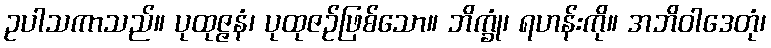
ဥပါသကာသည်။ ပုထုဇ္ဇနံ၊ ပုထုဇဉ်ဖြစ်သော။ ဘိက္ခုံ၊ ရဟန်းကို။ အဘိဝါဒေတုံ၊